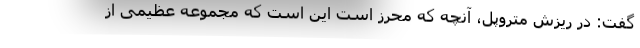
گفت: در ریزش متروپل، آنچه که محرز است این است که مجموعه عظیمی از